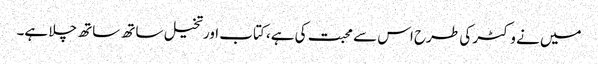
میں نے وکٹر کی طرح اس سے محبت کی ہے، کتاب اورتخیل ساتھ ساتھ چلا ہے۔